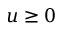
u \geq 0